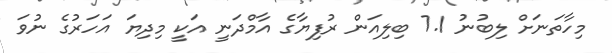
މިހާތަނަށް ލިބުނު 7.1 ބިލިއަން ރުފިޔާގެ އާމްދަނީ އަކީ މިދިޔަ އަހަރުގެ ނުވަ